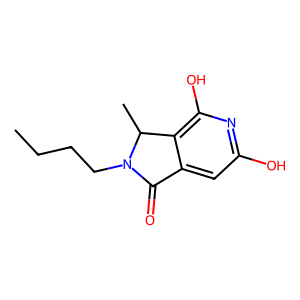
SMILES: CCCCN1C(=O)c2cc(O)nc(O)c2C1C
Inhibits HIV replication: No